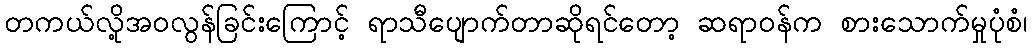
တကယ်လို့အဝလွန်ခြင်းကြောင့် ရာသီပျောက်တာဆိုရင်တော့ ဆရာဝန်က စားသောက်မှုပုံစံ၊